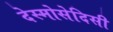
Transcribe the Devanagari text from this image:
देस्मोसेदिसी